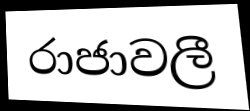
රාජාවලී